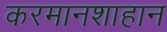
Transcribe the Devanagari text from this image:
करमानशाहान